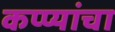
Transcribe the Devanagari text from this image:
कप्प्यांचा